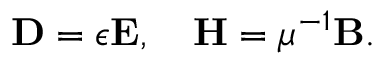
\begin{array} { r } { \mathbf { D } = \epsilon \mathbf { E } , \quad \mathbf { H } = \mu ^ { - 1 } \mathbf { B } . } \end{array}